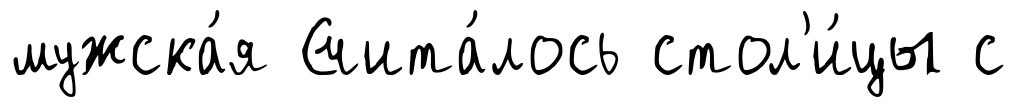
мужска́я Счита́лось стол'и́цы с